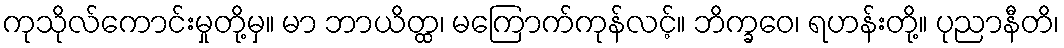
ကုသိုလ်ကောင်းမှုတို့မှ။ မာ ဘာယိတ္ထ၊ မကြောက်ကုန်လင့်။ ဘိက္ခဝေ၊ ရဟန်းတို့။ ပုညာနီတိ၊